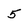
Character: 5